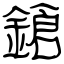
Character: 鎗